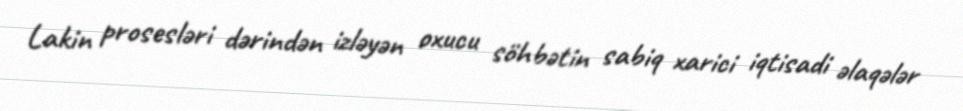
Lakin prosesləri dərindən izləyən oxucu söhbətin sabiq xarici iqtisadi əlaqələr